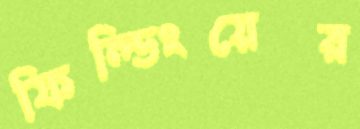
ফিল্ডিংয়ের